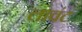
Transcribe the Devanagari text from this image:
लावंट